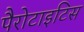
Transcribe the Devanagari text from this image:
पैरोटाइटिस